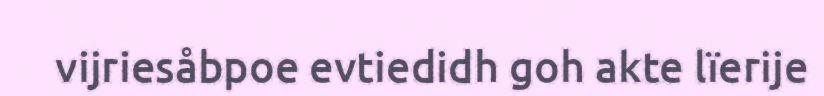
vijriesåbpoe evtiedidh goh akte lïerije